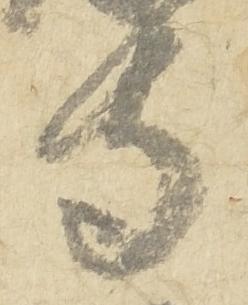
寺